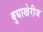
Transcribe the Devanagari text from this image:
बुधाखेरीज